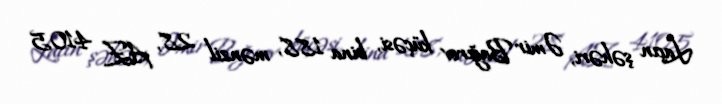
Laçın şəhəri, Əmir Bağırov küçəsi, bina 188, mənzil 28, AZ 4105